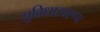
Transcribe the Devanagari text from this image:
सुविधास्वरूप